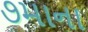
૭માના